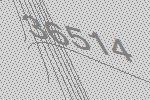
36514